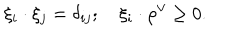
\xi _ { i } \cdot \xi _ { j } = \delta _ { i j } ; \quad \xi _ { i } \cdot \rho ^ { \vee } \geq 0 .